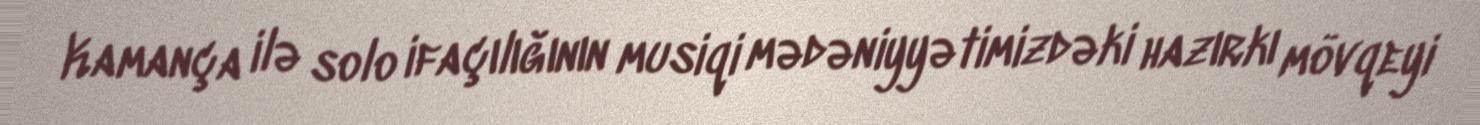
Kamança ilə solo ifaçılığının musiqi mədəniyyətimizdəki hazırkı mövqeyi